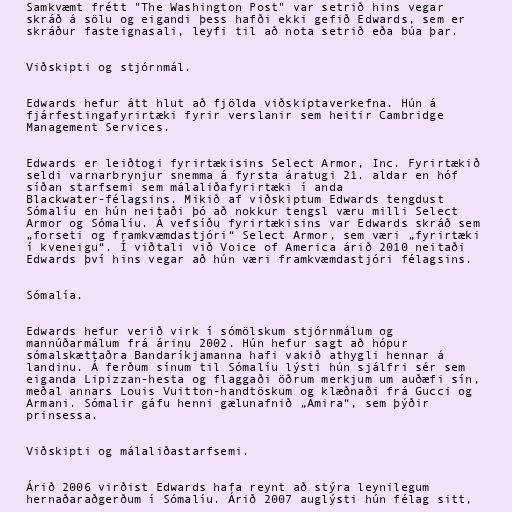
Samkvæmt frétt "The Washington Post" var setrið hins vegar
skráð á sölu og eigandi þess hafði ekki gefið Edwards, sem er
skráður fasteignasali, leyfi til að nota setrið eða búa þar.

Viðskipti og stjórnmál.

Edwards hefur átt hlut að fjölda viðskiptaverkefna. Hún á
fjárfestingafyrirtæki fyrir verslanir sem heitir Cambridge
Management Services.

Edwards er leiðtogi fyrirtækisins Select Armor, Inc. Fyrirtækið
seldi varnarbrynjur snemma á fyrsta áratugi 21. aldar en hóf
síðan starfsemi sem málaliðafyrirtæki í anda
Blackwater-félagsins. Mikið af viðskiptum Edwards tengdust
Sómalíu en hún neitaði þó að nokkur tengsl væru milli Select
Armor og Sómalíu. Á vefsíðu fyrirtækisins var Edwards skráð sem
„forseti og framkvæmdastjóri“ Select Armor, sem væri „fyrirtæki
í kveneigu“. Í viðtali við Voice of America árið 2010 neitaði
Edwards því hins vegar að hún væri framkvæmdastjóri félagsins.

Sómalía.

Edwards hefur verið virk í sómölskum stjórnmálum og
mannúðarmálum frá árinu 2002. Hún hefur sagt að hópur
sómalskættaðra Bandaríkjamanna hafi vakið athygli hennar á
landinu. Á ferðum sínum til Sómalíu lýsti hún sjálfri sér sem
eiganda Lipizzan-hesta og flaggaði öðrum merkjum um auðæfi sín,
meðal annars Louis Vuitton-handtöskum og klæðnaði frá Gucci og
Armani. Sómalir gáfu henni gælunafnið „Amira“, sem þýðir
prinsessa.

Viðskipti og málaliðastarfsemi.

Árið 2006 virðist Edwards hafa reynt að stýra leynilegum
hernaðaraðgerðum í Sómalíu. Árið 2007 auglýsti hún félag sitt,